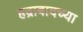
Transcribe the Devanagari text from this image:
हद्राबादच्या